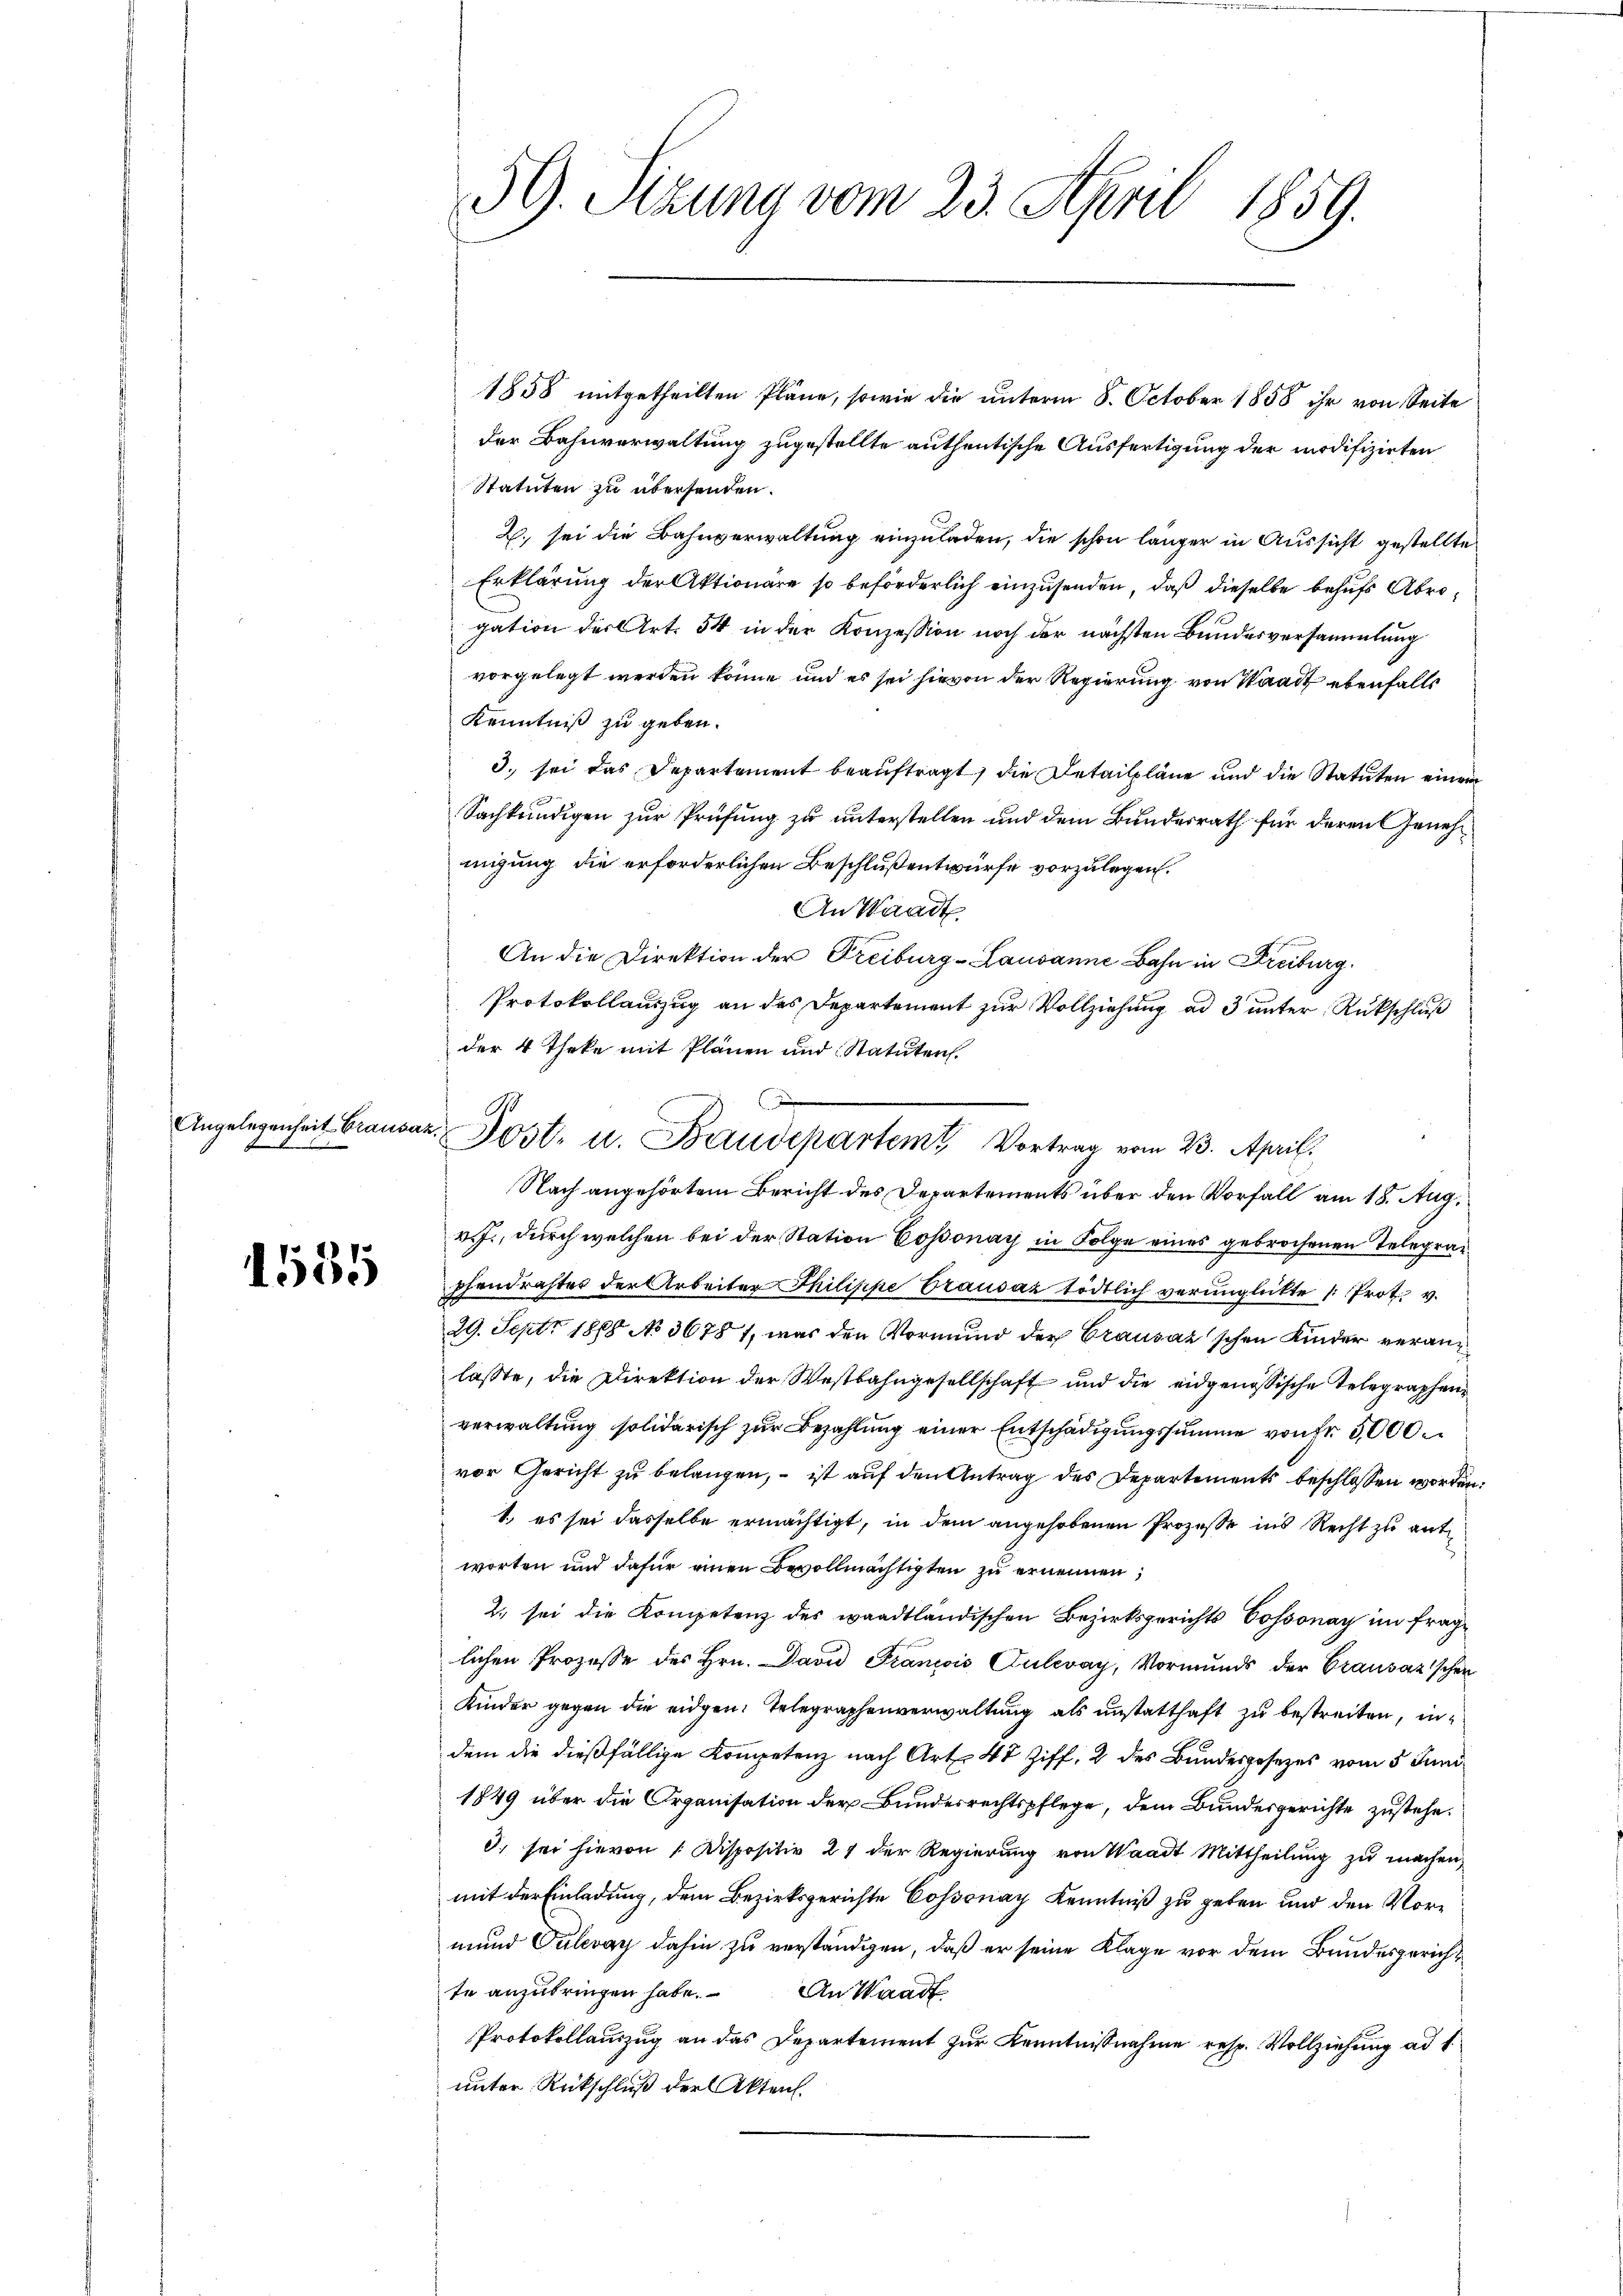
Angelegenheit Grausa

1585

59. Stzung vom 23. April 1859.

1858 mitgetheilten Pläne, sowie die unterm 8. October 1858 ihr von Seite
der Bahnverwaltung zugestellte authentische Ausfertigung der modifizirten
Statuten zu übersenden.
2. sei die Bahnverwaltung einzuladen, die schon länger in Aussicht gestellte
Erklärung der Aktionäre so beförderlich einzusenden, daß dieselbe behufs Abrigation der Art. 54 in der Konzession noch der nächsten Bundesversammlung
vorgelegt werden könne und es sei hievon der Regierung von Waadt ebenfalls
Kenntniß zu geben.
3. sei das Departement beauftragt, die Detailpläne und die Statuten einer
Sachkundigen zur Prüfung zu unterstellen und dem Bundesrath für deren Genehmigung die erforderlichen Beschluß entwürfe vorzulegen.
An Waadt
An die Direktion der Freiburg-Lausanne Bahn in Freiburg.
Protokollauszug an des Departement zur Vollziehung ad 3 unter Rückschluß
der 4 Theke mit Plänen und Statuten.
Nach angehörtem Bericht des Departements über den Vorfall am 18. Aug.
v. J., durch welchen bei der Station Cossonay in Folge eines gebrochenen Telegrapfandrechtes der Arbeiter Philisipe rausaz tödtlich verunglickte Prot. v.
29. Sept. 1888 No 36781, was den Vormund der Grausaz'schen Kinder veranlasste, die Direktion der Westbahngesellschaft und die eidgenössische Telegraphen
verwaltung solidarisch zur Bezahlung einer Entschädigungssumme von Fr. 3000
vor Gericht zu belangen, – ist auf den Antrag des Departements beschlossen worden.
1., es sei dasselbe ermächtigt, in dem angehobenen Prozesse ins Recht zu entworten und dafür einen Bevollmächtigten zu ernennen,
2., sei die Kompetenz des waadtländischen Bezirksgerichts Cossonay im fraglichen Prozesse des Hrn. David Francois Culevay, Vormunds der Transazischen
Kinder gegen die eidgen. Telegraphenverwaltung als unstatthaft zu bestreiten, in
dem die dießfällige Kompetenz nach Art 48 Ziff. 2 des Bundesgesezes vom 5. Juni
1849 über die Organisation der Bundesrechtspflege, dem Bundesgerichte zustehe.
3. sei hievon Dispositiv 27 der Regierung von Waadt Mittheilung zu machen,
mit der Einladung, dem Bezirksgerichte Cossonay Kenntniß zu geben und den Vormund Pulevar dahin zu verständigen, daß er seine Klage vor dem Bundesgerichte anzubringen habe. An Waadt
Protokollauszug an das Departement zur Kenntnißnahme resp. Vollziehung ad 1.
unter Rückschluß der Akten.

1
u. Jost- u. Baudepartem Vortrag vom 23. April.